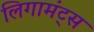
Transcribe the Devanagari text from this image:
लिगामंट्स